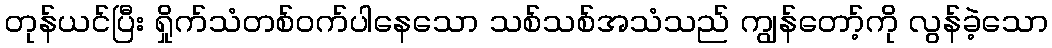
တုန်ယင်ပြီး ရှိုက်သံတစ်ဝက်ပါနေသော သစ်သစ်အသံသည် ကျွန်တော့်ကို လွန်ခဲ့သော